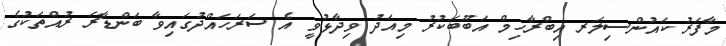
މާފަރު ކައުންސިލަރ އިބްރާހިމް އަބޫބަކުރު މިއަދު ވިދާޅުވީ އެ ސަރަހައްދުގައިވާ ބަންޑާރަ ރުއްތަކުގެ